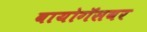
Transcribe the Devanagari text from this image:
बायोगॅसवर